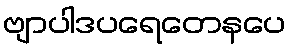
ဗျာပါဒပရေတေနပေ